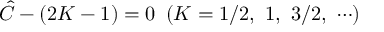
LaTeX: { \hat { C } } - ( 2 K - 1 ) = 0 \ \left( K = 1 / 2 , \ 1 , \ 3 / 2 , \ \cdots \right)